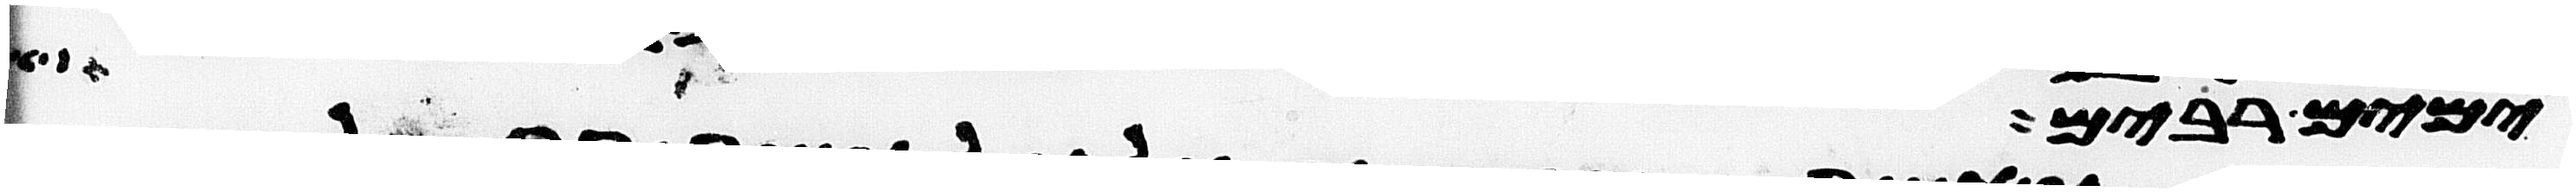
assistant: ימים רבים